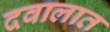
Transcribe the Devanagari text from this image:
दवालात